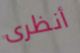
أنظرى